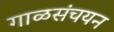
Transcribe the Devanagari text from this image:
गाळसंचयन